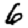
Digit: 6